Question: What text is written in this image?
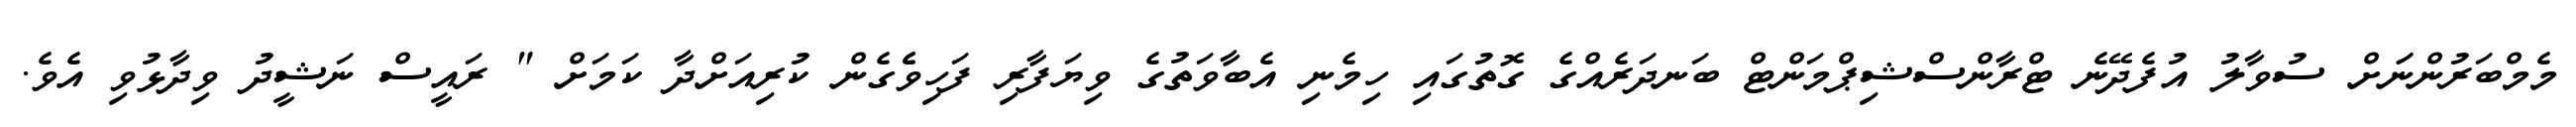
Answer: މެމްބަރުންނަަށް ސުވާލު އުފެދޭނެ ޓްރާންސްޝިޕްމަންޓް ބަނދަރެއްގެ ގޮތުގައި ހިމެނި އެބާވަތުގެ ވިޔަފާރި ފަހިވެެގެން ކުރިއަށްދާ ކަމަށް " ރައީސް ނަޝީދު ވިދާޅުވި އެވެ.